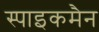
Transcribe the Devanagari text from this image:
स्पाइकमैन